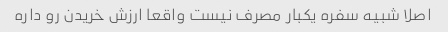
اصلا شبیه سفره یکبار مصرف نیست واقعا ارزش خریدن رو داره